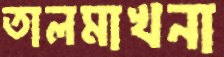
তালমাখনা